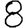
Digit: 8